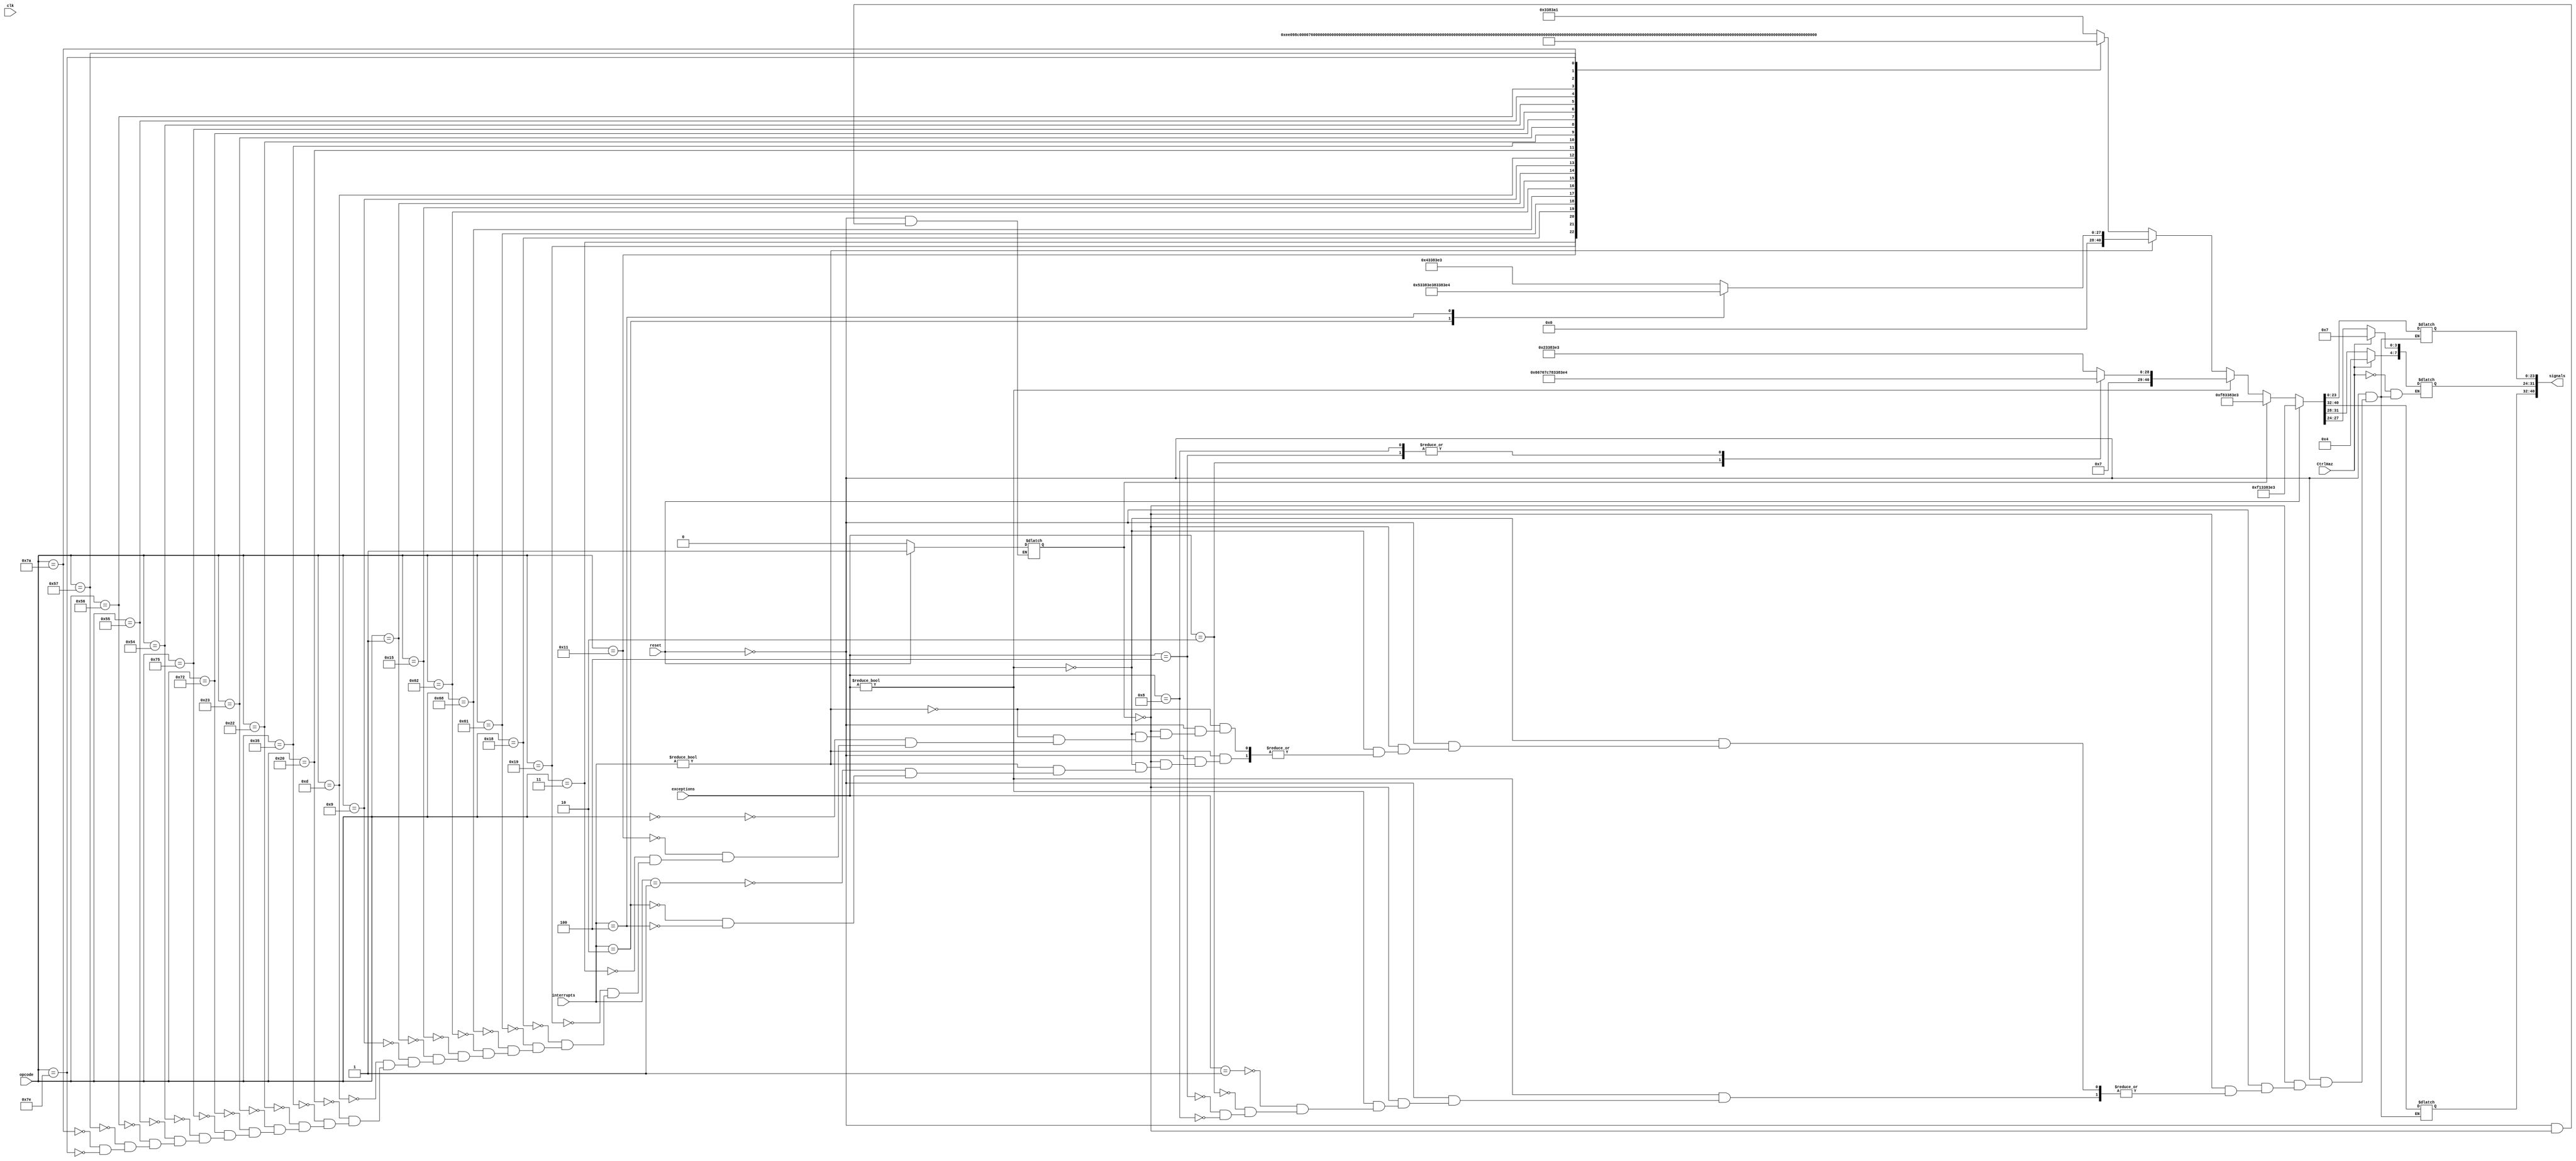
module CTRL_UNIT(
        clk,
        opcode,
        reset,
        CtrlHaz,
        exceptions,
        interrupts,
        signals
 );

        input clk;
        input [6:0] opcode;
        input reset;
        input CtrlHaz;
        input [3:0]exceptions;
        input [2:0]interrupts;
        output reg [40:0]signals;

	reg isReset;

        always @(*)
        begin: ctrl_unit_op
                if(reset)
		begin
                        signals = 41'b00000000011110001001100111000001111100011;
			isReset = 1;
		end
		else if(isReset)
		begin
			signals = 41'b00000000011111000001100111000001111100011;
			isReset = 0;
		end
                else if(exceptions != 0)
                begin
                        case (exceptions)  
                                4'b0001 :    signals = 41'b00000000011100010001100111000001111100011;
                                4'b0010 :    signals = 41'b00000000011100011001100111000001111100011;
                                4'b0100 :    signals = 41'b00000000011111000001100111000001111100011;
                                4'b1000 :    signals = 41'b00000000011111000001100111000001111100011;
                        endcase
                end
                else if(interrupts != 0)
                begin
                        case (interrupts)  
                                3'b001 :    signals = 41'b00000000000000100001100111000001111100011;
                                3'b010 :    signals = 41'b00000000000000101001100111000001111100011;
                                3'b100 :    signals = 41'b00000000000001000001100111000001111100011;
                        endcase
                end
                else
                        case (opcode)  
                                7'b0000000 :    signals = 41'b00000000000000000001100111000001110100001;
                                //one operand
                                7'b0010001 :    signals = 41'b00000000000000000001110111000001001100011; //NOT
                                7'b0000011 :    signals = 41'b00000000000000000001110110000000001100011; //INC
                                7'b0011001 :    signals = 41'b00000000000000000101100111000001011100011; //OUT
                                7'b0011000 :    signals = 41'b00000000000000000001111111000001011100011; //IN
                                7'b1100001 :    signals = 41'b00000000000000000000100111000001111100011; //HLT
                                7'b1101000 :    signals = 41'b00000000000000000001100111000001111100001; //NOP
                                7'b1100010 :    signals = 41'b00000000000000000001100111000000011100011; //SET C
                                //two operand
                                7'b0010101 :    signals = 41'b00000000000000000001110111000001011100011; //MOV
                                7'b0000001 :    signals = 41'b00000000000000000001110111000000001100011; //ADD
                                7'b0001001 :    signals = 41'b00000000000000000001110111000000101100011; //SUB
                                7'b0001101 :    signals = 41'b00000000000000000001110111000000111100011; //AND
                                7'b0100000 :    signals = 41'b00000000000000000010110111100000001100011; //IADD
                                //memory operations
                                7'b0110101 :    signals = 41'b00000000000000000010110111100001101100011; //LDM
                                7'b0100010 :    signals = 41'b00000000000000000010110111100000001110010; //LDD
                                7'b0100011 :    signals = 41'b00000000000000000010100101100000001101011; //STD
                                7'b1110010 :    signals = 41'b00001110000000000001100111000001011101011; //PUSH
                                7'b1110101 :    signals = 41'b00001001100000000001110111000001011110010; //POP
                                //branch operations
                                7'b1010100 :    signals = 41'b00010000000000000001100111000001011100011; //JZ
                                7'b1010101 :    signals = 41'b00100000000000000001100111000001011100011; //JN
                                7'b1010110 :    signals = 41'b00110000000000000001100111000001011100011; //JC
                                7'b1010111 :    signals = 41'b01000000000000000001100111000001011100011; //JMP
                                7'b1111010 :    signals = 41'b11001101000000000001100111000001011101111; //CALL
                                7'b1111110 :    signals = 41'b10001101000000000001100111000001111101111; //INT
                        endcase
                
                if(CtrlHaz)
                begin
                  signals[27:24] = 4'b0111;
                  signals[31:28] = 4'b0100;
                end
        end // ctrl_unit_op
endmodule // CTRL_UNIT